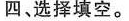
四、选择填空.。